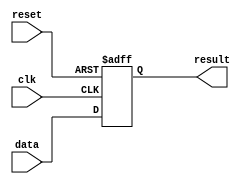
module assign_statement (
    input wire clk,
    input wire reset,
    input wire data,
    output reg result
);

 always @(posedge clk or posedge reset) begin
   if (reset) begin
      result <= 0;
   end else begin
      result <= data;
   end
   
 end

endmodule